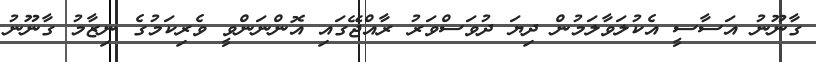
ގާނޫނު އަސާސީ އެކުލަވާލަމުން ދިޔަ ދުވަސްވަރު ރާއްޖޭގައި އޮންނަންވީ ވެރިކަމުގެ ނިޒާމު ގާނޫނު